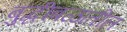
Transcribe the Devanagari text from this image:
बुद्धीबळातील